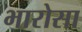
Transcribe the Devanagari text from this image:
भारोसा